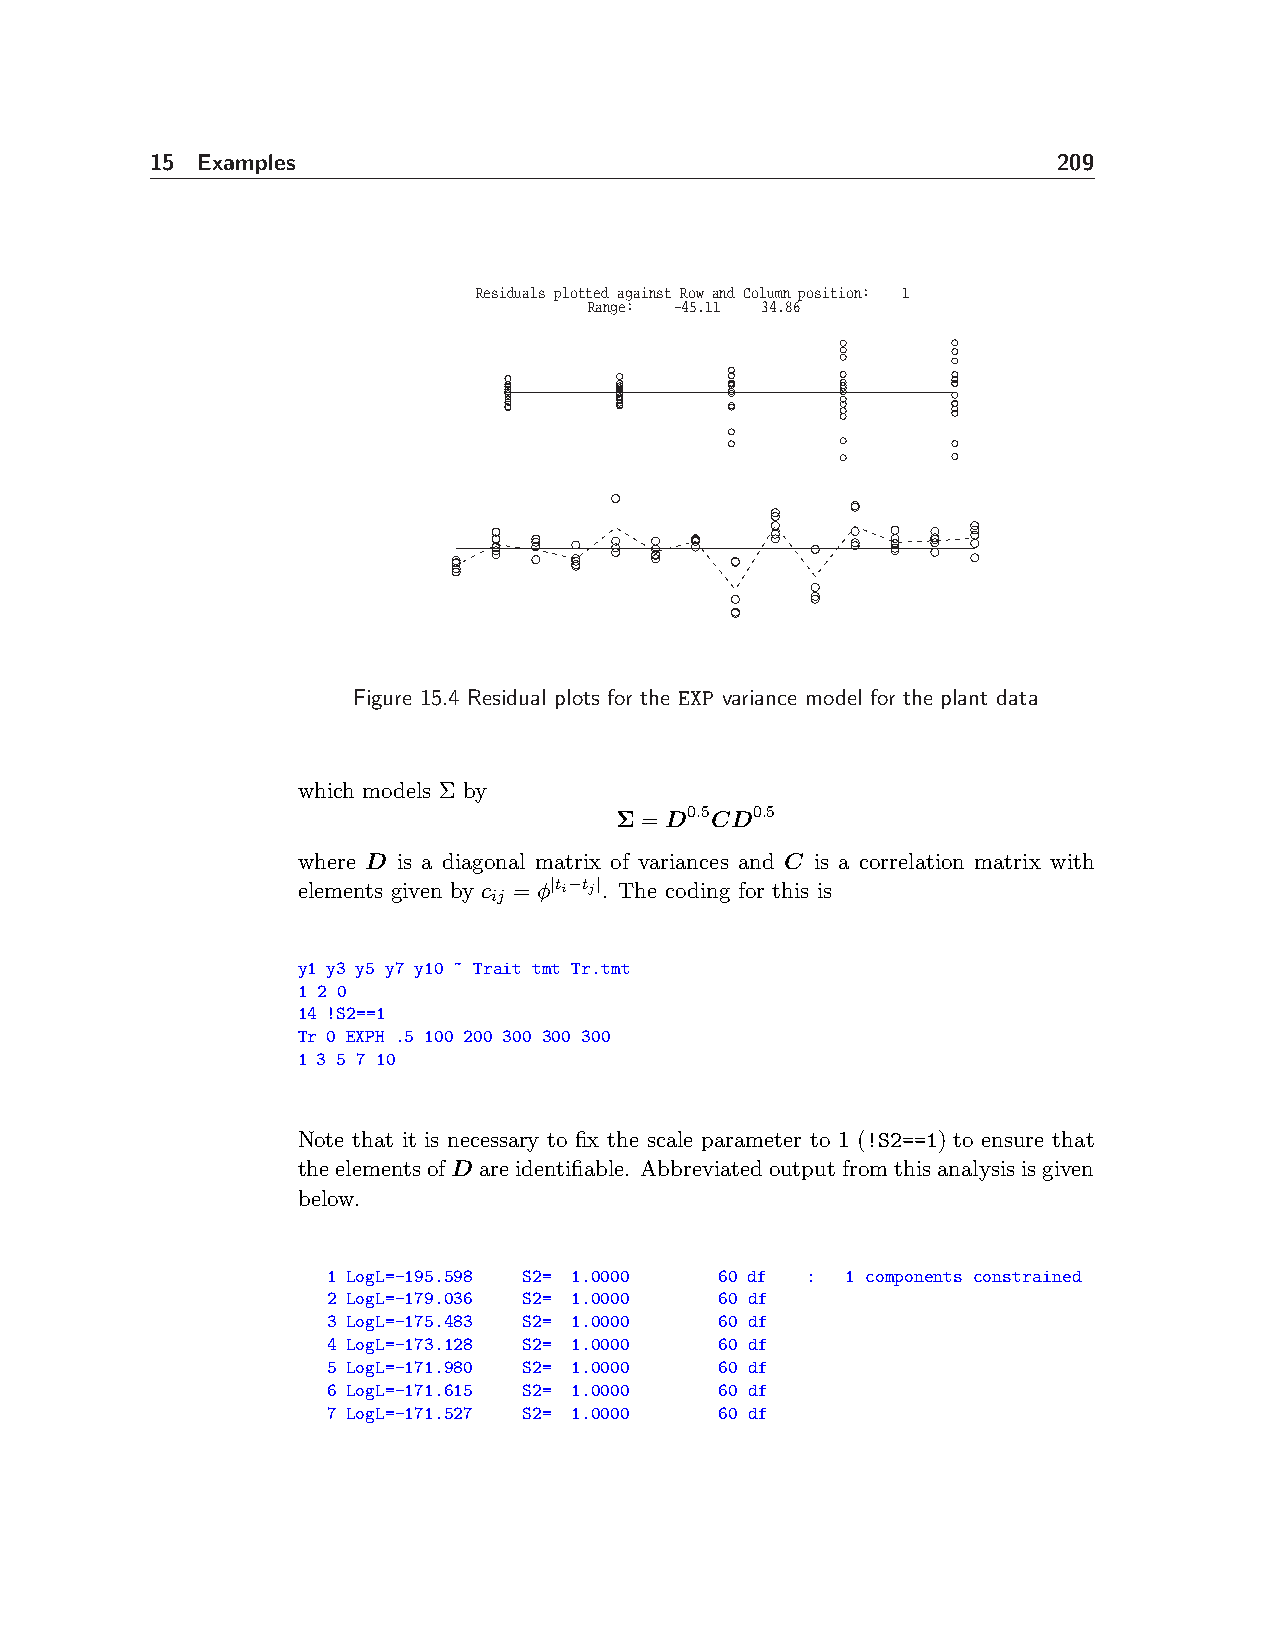
15 Examples                                                 209
 Residuals plotted against Row and Column position: 1
 Range: −45.11 34.86
 Figure 15.4 Residual plots for the EXP variance model for the plant data
 which models Σ by
 Σ = D0.5CD0.5
 where D is a diagonal matrix of variances and C is a correlation matrix with
 elements given by c
 ij
 = φ|ti−tj|. The coding for this is
 y1 y3 y5 y7 y10 ~ Trait tmt Tr.tmt
 1 2 0
 14 !S2==1
 Tr 0 EXPH .5 100 200 300 300 300
 1 3 5 7 10
 Note that it is necessary to fix the scale parameter to 1 (!S2==1) to ensure that
 theelementsofD areidentifiable. Abbreviatedoutputfromthisanalysisisgiven
 below.
 1 LogL=-195.598 S2= 1.0000 60 df : 1 components constrained
 2 LogL=-179.036 S2= 1.0000 60 df
 3 LogL=-175.483 S2= 1.0000 60 df
 4 LogL=-173.128 S2= 1.0000 60 df
 5 LogL=-171.980 S2= 1.0000 60 df
 6 LogL=-171.615 S2= 1.0000 60 df
 7 LogL=-171.527 S2= 1.0000 60 df